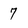
Character: 7